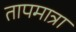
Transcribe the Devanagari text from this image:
तापमात्रा